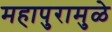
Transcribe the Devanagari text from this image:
महापुरामुळे